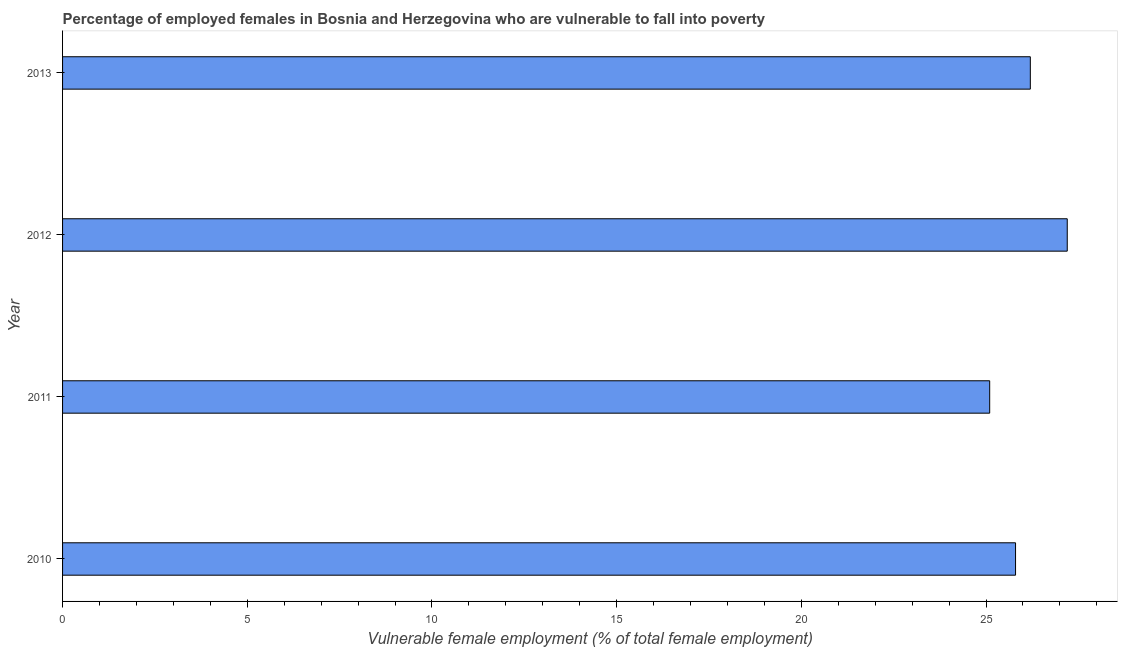
| Year | Percentage of employed females who are vulnerable to fall into poverty |
 | --- | --- |
 | 2010 | 25.8 |
 | 2011 | 25.1 |
 | 2012 | 27.2 |
 | 2013 | 26.2 |